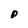
Character: p